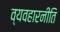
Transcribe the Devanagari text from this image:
व्यवहारनीति